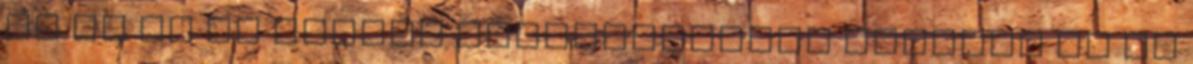
IT és az OT teljes integrációját mutatta be az